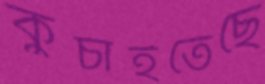
কুচাইতেছে